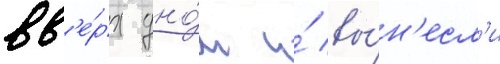
вв'е́рх дно́м и́ вы́н'есл'и